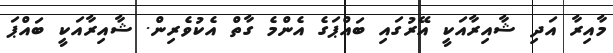
މާއިރާ އަދި ޝާއިރާއަކީ އޭރުގައި ބައްޕަގެ އެންމެ ގާތް އެކުވެރިން. ޝާއިރާއަކީ ބައްޕަ